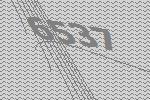
6537